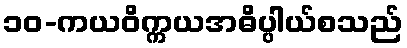
၁၀-ကယဝိက္ကယအဓိပ္ပါယ်စသည်